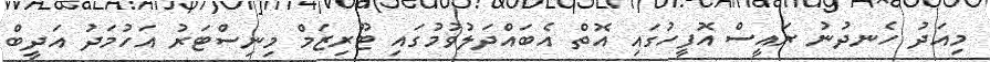
މިއަދު ހެނދުނު ރައީސް އޮފީހުގައި އޮތް އެބައްދަލުވުމުގައި ޓޫރިޒަމް މިނިސްޓަރު އަހުމަދު އަދީބް